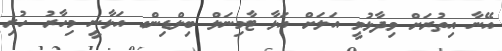
އޭނާ އިތުރަށް ވިދާޅުވީ އަލަށް އަޅާ ޓާމިނަލް ބިލްޑިންގ އަޅާނީ މިހާރު ހުރި